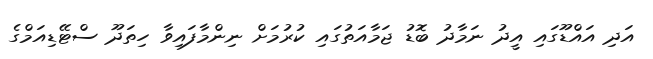
އަދި އައްޑޫގައި އީދު ނަމާދު ބޮޑު ޖަމާއަތުގައި ކުރުމަށް ނިންމާފައިވާ ހިތަދޫ ސްޓޭޑިއަމްގެ